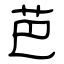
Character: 芭